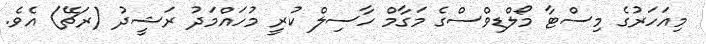
މިއަހަރުގެ މިސްޓާ މޯލްޑިވްސްގެ މަގާމް ހާސިލް ކުރީ މުހައްމަދު ރަޝީދު (ރަޗޭ) އެވެ.